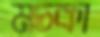
মচকা